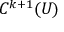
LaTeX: C ^ { k + 1 } ( U )